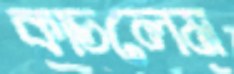
কাচলেম